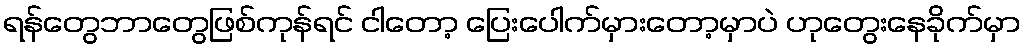
ရန်တွေဘာတွေဖြစ်ကုန်ရင် ငါတော့ ပြေးပေါက်မှားတော့မှာပဲ ဟုတွေးနေခိုက်မှာ